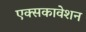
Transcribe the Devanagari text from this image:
एक्सकावेशन